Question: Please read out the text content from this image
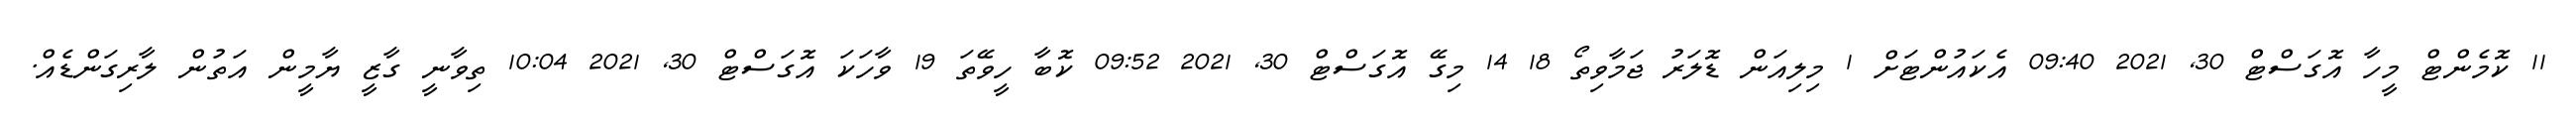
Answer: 11 ކޮމެންޓް މީހާ އޮގަސްޓް 30, 2021 09:40 އެކައުންޓަށް 1 މިލިއަން ޑޮލަރު ޖަމާވިތޯ 18 14 މިގޭ އޮގަސްޓް 30, 2021 09:52 ކޮބާ ހީވޭތަ 19 ވާހަކަ އޮގަސްޓް 30, 2021 10:04 ތިވާނީ ގާޒީ ޔާމީން އަތުން ލާރިގަންޑެއް.